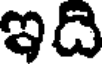
ఇది